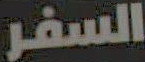
السفر